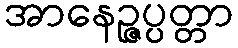
အာနေဉ္ဇပ္ပတ္တာ